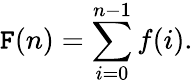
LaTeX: \mathtt{F}(n)=\sum_{i=0}^{n-1}f(i).